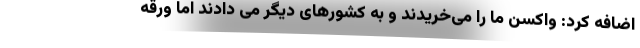
اضافه کرد: واکسن ما را می‌خریدند و به کشورهای دیگر می دادند اما ورقه